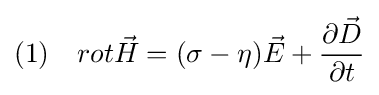
(1)\quad rot{\vec {H}}=(\sigma -\eta ){\vec {E}}+{\partial {\vec {D}} \over \partial t}